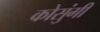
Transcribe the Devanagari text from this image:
कोसुंगी